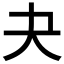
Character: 夬